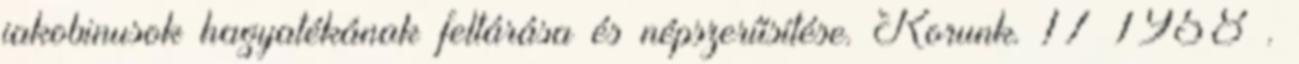
jakobinusok hagyatékának feltárása és népszerűsítése. Korunk. 17 1958 .